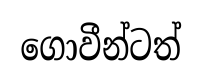
ගොවීන්ටත්